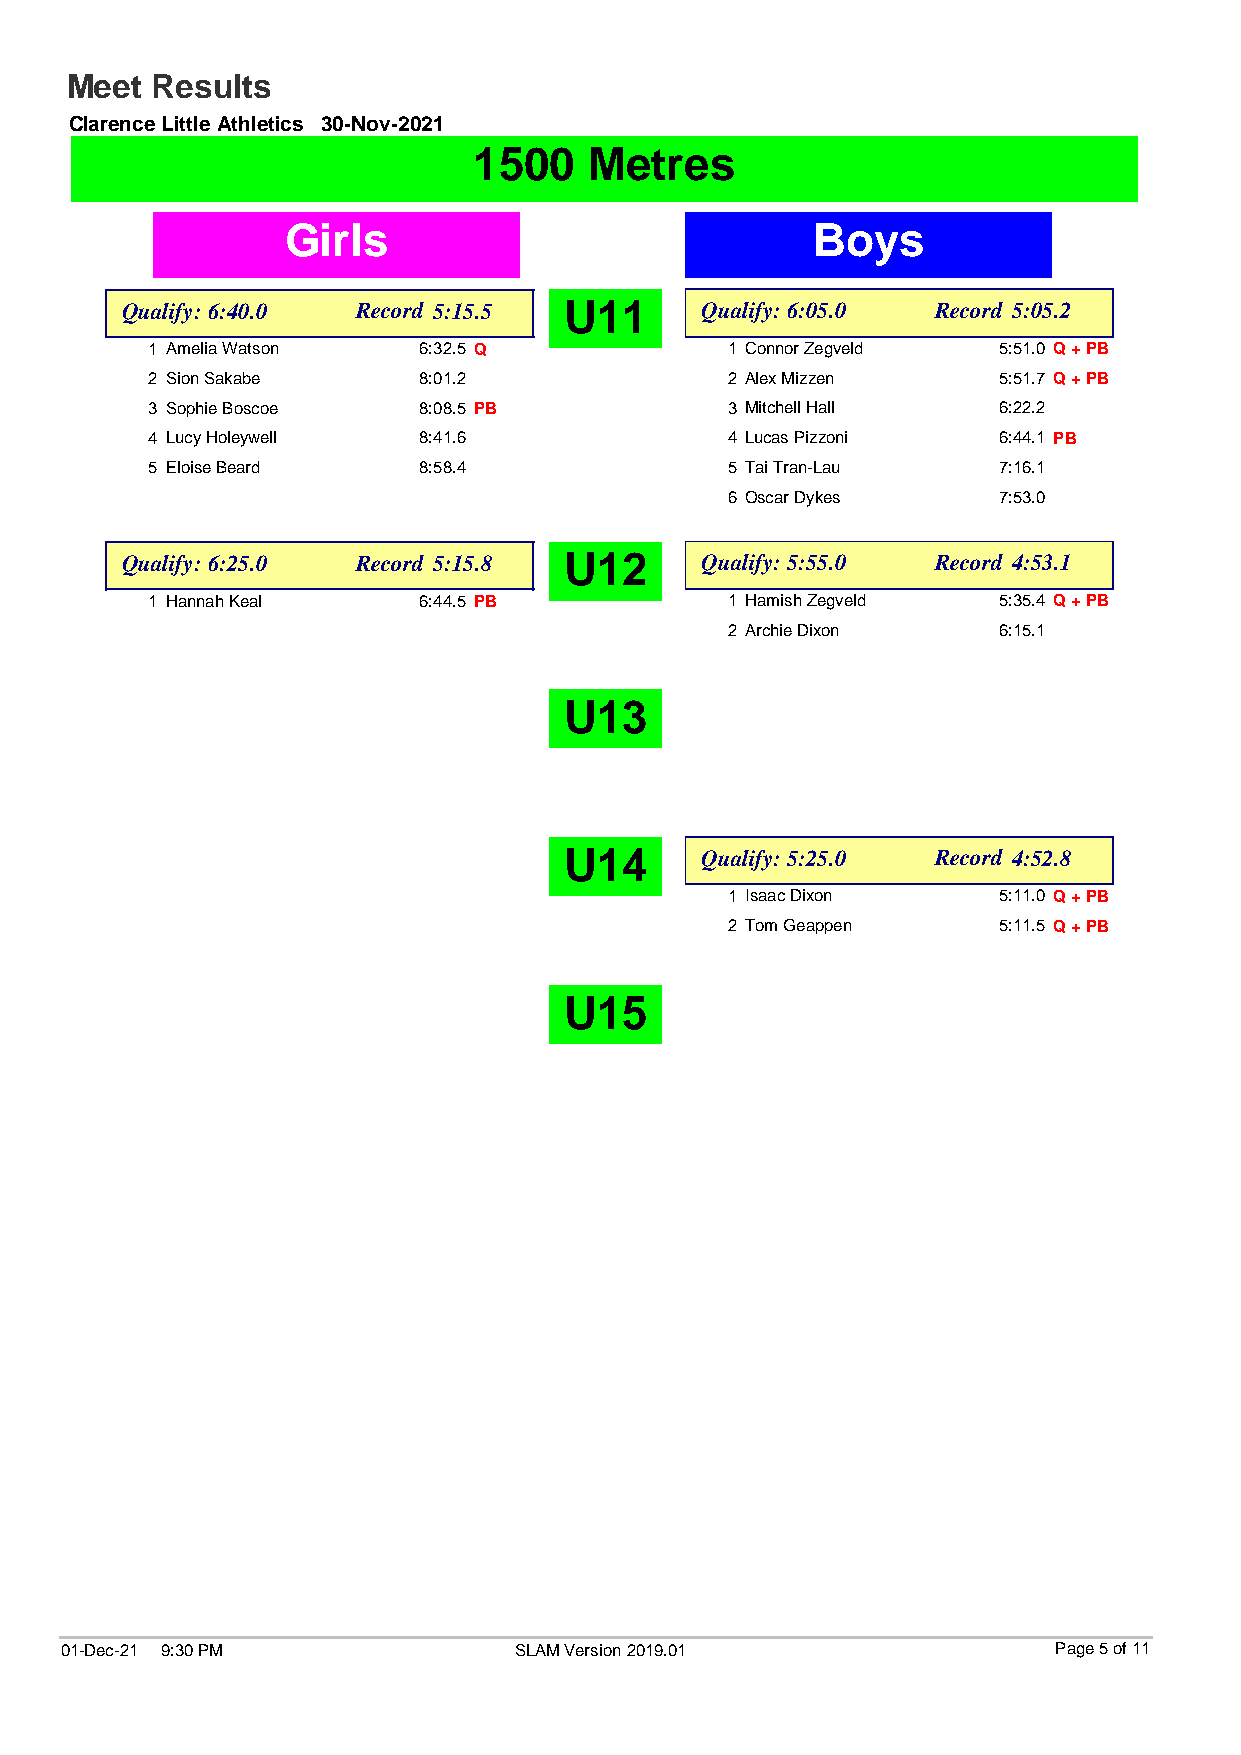
Meet  Results
 Clarence Little Athletics 30-Nov-2021
 1500    Metres
 Girls                              Boys
 Qualify: 6:40.0 Record 5:15.5 U11     Qualify: 6:05.0 Record 5:05.2
 1 Amelia Watson   6:32.5 Q            1 Connor Zegveld  5:51.0 Q + PB
 2 Sion Sakabe     8:01.2              2 Alex Mizzen     5:51.7 Q + PB
 3 Sophie Boscoe   8:08.5 PB           3 Mitchell Hall   6:22.2
 4 Lucy Holeywell  8:41.6              4 Lucas Pizzoni   6:44.1 PB
 5 Eloise Beard    8:58.4              5 Tai Tran-Lau    7:16.1
 6 Oscar Dykes     7:53.0
 Qualify: 6:25.0 Record 5:15.8 U12     Qualify: 5:55.0 Record 4:53.1
 1 Hannah Keal     6:44.5 PB           1 Hamish Zegveld  5:35.4 Q + PB
 2 Archie Dixon    6:15.1
 U13
 U14      Qualify: 5:25.0 Record 4:52.8
 1 Isaac Dixon     5:11.0 Q + PB
 2 Tom Geappen     5:11.5 Q + PB
 U15
 01-Dec-21 9:30 PM             SLAM Version 2019.01                Page 5 of 11